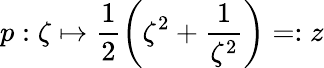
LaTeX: p:\zeta\mapsto\frac{1}{2}\left(\zeta^{2}+\frac{1}{\zeta^{2}}\right)=:z